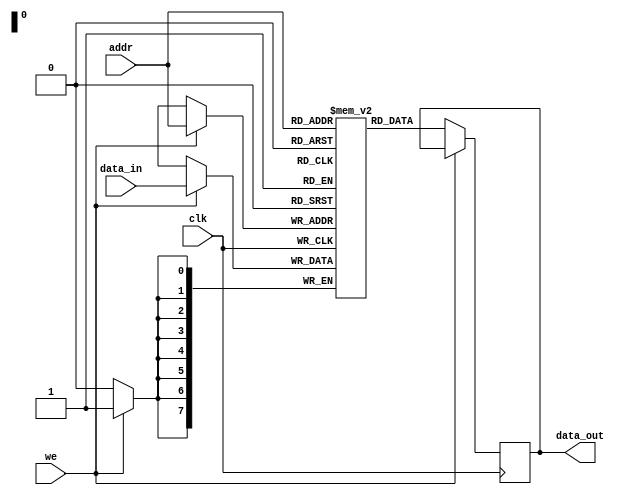
module parameterized_ram #(
    parameter DATA_WIDTH = 8,  // Width of each data word
    parameter ADDR_WIDTH = 8   // Number of address lines
) (
    input wire clk,             // Clock signal
    input wire we,              // Write enable signal
    input wire [ADDR_WIDTH-1:0] addr,  // Address input
    input wire [DATA_WIDTH-1:0] data_in, // Input data bus
    output reg [DATA_WIDTH-1:0] data_out  // Output data bus
);

    // Memory array declaration
    reg [DATA_WIDTH-1:0] ram [(2**ADDR_WIDTH)-1:0];

    // Read and Write operations
    always @(posedge clk) begin
        if (we) begin
            // Write operation
            ram[addr] <= data_in;
        end else begin
            // Read operation
            data_out <= ram[addr];
        end
    end

    // Optional: Asynchronous reset functionality
    // Uncomment the following lines if reset functionality is needed
    /*
    input wire reset;           // Asynchronous reset signal
    always @(posedge clk or posedge reset) begin
        if (reset) begin
            integer i;
            for (i = 0; i < (2**ADDR_WIDTH); i = i + 1) begin
                ram[i] <= {DATA_WIDTH{1'b0}}; // Initialize memory to zero
            end
        end else begin
            if (we) begin
                ram[addr] <= data_in;
            end else begin
                data_out <= ram[addr];
            end
        end
    end
    */

    // Optional: Initialization from a file can be added here
    // This can be done using an initial block if needed

endmodule